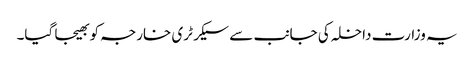
یہ وزارت داخلہ کی جانب سے سیکرٹری خارجہ کو بھیجا گیا۔